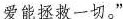
爱能拯救一切。”